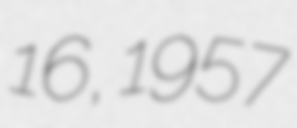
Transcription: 16, 1957